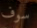
سوف